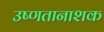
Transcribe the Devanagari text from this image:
उष्णतानाशक